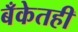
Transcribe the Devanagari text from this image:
बँकेतही